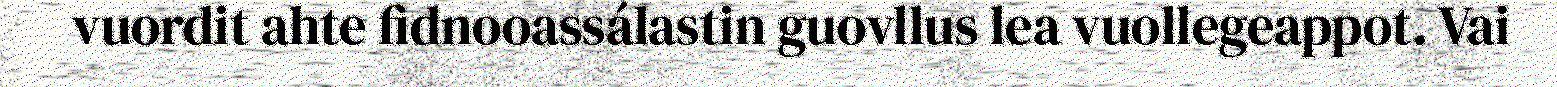
vuordit ahte fidnooassálastin guovllus lea vuollegeappot. Vai